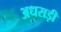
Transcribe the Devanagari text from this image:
अधसड़ी